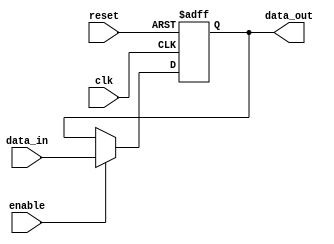
module input_register #(
    parameter DATA_WIDTH = 8  // Parameter to define the width of the data
)(
    input  wire               clk,        // Clock input
    input  wire               reset,      // Reset input
    input  wire               enable,     // Enable input
    input  wire [DATA_WIDTH-1:0] data_in, // Input data lines
    output reg [DATA_WIDTH-1:0] data_out  // Output data lines
);

// Always block that triggers on the clock's rising edge or reset
always @(posedge clk or posedge reset) begin
    if (reset) begin
        // When reset is high, clear the register
        data_out <= {DATA_WIDTH{1'b0}}; // Set to known state (0)
    end else if (enable) begin
        // Capture input data on the rising edge of the clock when enabled
        data_out <= data_in;
    end
    // If enable is low, retain the previous value (data_out)
end

endmodule